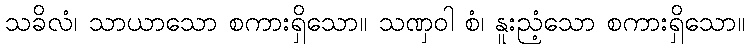
သခိလံ၊ သာယာသော စကားရှိသော။ သဏှဝါ စံ၊ နူးညံ့သော စကားရှိသော။